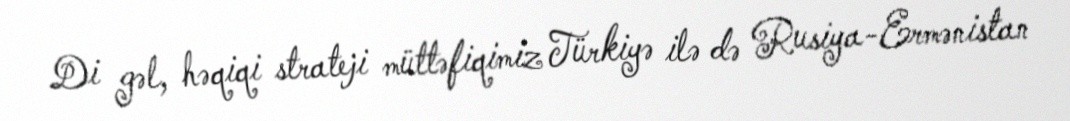
Di gəl, həqiqi strateji müttəfiqimiz Türkiyə ilə də Rusiya-Ermənistan